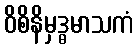
ဝိစိနိမှဒ္ဓမာသကံ